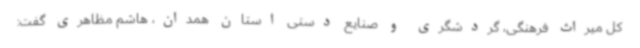
کل میراث فرهنگی، گردشگری و صنایع دستی استان همدان، هاشم مظاهری گفت: